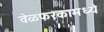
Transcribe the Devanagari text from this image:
वेळफरकामध्ये